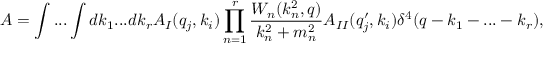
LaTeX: A = \int . . . \int d k _ { 1 } . . . d k _ { r } A _ { I } ( q _ { j } , k _ { i } ) \prod _ { n = 1 } ^ { r } \frac { W _ { n } ( k _ { n } ^ { 2 } , q ) } { k _ { n } ^ { 2 } + m _ { n } ^ { 2 } } A _ { I I } ( q _ { j } ^ { \prime } , k _ { i } ) \delta ^ { 4 } ( q - k _ { 1 } - . . . - k _ { r } ) ,